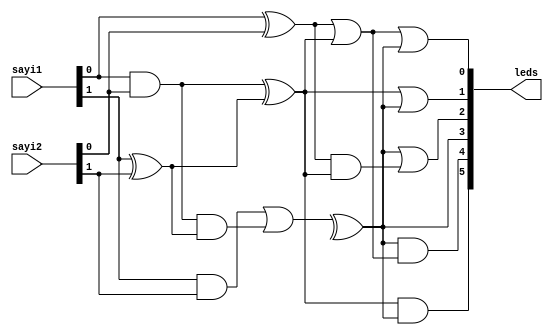
`timescale 1ns / 1ps

/* 
Oncelikle sonuclara bagli bir dogruluk tablosu olusturalim:

 S2 S1 S0 | L5 L4 L3 L2 L1 L0
------------------------------
 0  0  0  |  0  0  0  0  0  0
 0  0  1  |  0  0  0  0  0  1
 0  1  0  |  0  0  0  0  1  1
 0  1  1  |  0  0  0  1  1  1
 1  0  0  |  0  0  1  1  1  1
 1  0  1  |  0  1  1  1  1  1
 1  1  0  |  1  1  1  1  1  1

Bu tablodan hareketle LEDlere ulasan mantik fonksiyonlarini tanimlayalim:
L0 = S2 + S1 + S0
L1 = S2 + S1
L2 = S2 + (S1.S0)
L3 = S2
L4 = S2.(S1+S0)
L5 = S2.S1

Daha sonra bu fonksiyonlari Verilog ile gercekleyelim.
*/


module AdderLEDs(
        input[1:0] sayi1,
        input[1:0] sayi2,
        output[5:0] leds
    );
    
    wire[3:0] result;
   //-------------------0. bitlerin hesaplanmas
	//Carry_in 0 oldunu iin onun olduu kaplarda direk atama yapld
	xor (result[0],	sayi1[0],	sayi2[0]);
	wire carry_out_0;
	and	(carry_out_0, sayi1[0], sayi2[0]);
 //-------------------1. bitlerin hesaplanmas
	wire temp_ab_xor_1, temp_ab_and_1;
    wire temp_Cin_and_1;	//Cin girii ile temp_ab_xor'un and sonucu
    wire carry_out_1;
    
	xor (temp_ab_xor_1,	sayi1[1],	sayi2[1]);
	xor (result[1],	carry_out_0,	temp_ab_xor_1);
	
	and	(temp_Cin_and_1,	carry_out_0,	temp_ab_xor_1);
	and	(temp_ab_and_1, sayi1[1], sayi2[1]);
	or	(carry_out_1, temp_ab_and_1, temp_Cin_and_1);
 //-------------------2. bitlerin hesaplanmas
	wire temp_ab_xor_2, temp_ab_and_2;
    wire temp_Cin_and_2;	//Cin girii ile temp_ab_xor'un and sonucu
    wire carry_out_2;
	
	xor (temp_ab_xor_2,	sayi1[2],	sayi2[2]);
	xor (result[2],	carry_out_1,	temp_ab_xor_2);
	
	and	(temp_Cin_and_2,	carry_out_1,	temp_ab_xor_2);
	and	(temp_ab_and_2, sayi1[2], sayi2[2]);
	or	(result[3], temp_ab_and_2, temp_Cin_and_2);
	
    
	// L0 fonksiyonu
    or (leds[0], result[0], result[1], result[2]);
	
	// L1 fonksiyonu
    or (leds[1], result[1], result[2]);
	
    // L2 fonksiyonu
    wire and_0_1;
    and (and_0_1, result[0], result[1]);
    or (leds[2],  result[2], and_0_1);
    
	// L3 fonksiyonu
    assign leds[3] = result[2];
	
	// L4 fonksiyonu
	wire or_0_1;
    or (or_0_1, result[0], result[1]);
	and (leds[4], result[2], or_0_1);

    // L5 fonksiyonu
    and(leds[5], result[1], result[2]);       
        
endmodule